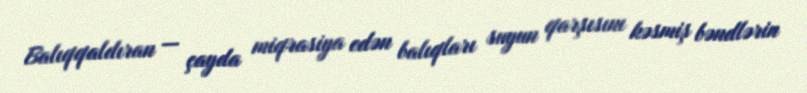
Balıqqaldıran — çayda miqrasiya edən balıqları suyun qarşısını kəsmiş bəndlərin